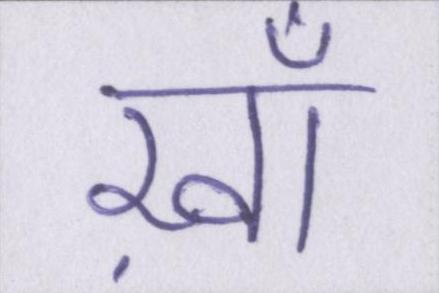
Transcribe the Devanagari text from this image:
ख़ाँ